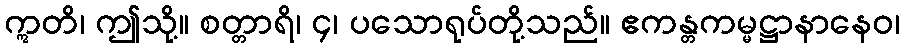
ဣတိ၊ ဤသို့။ စတ္တာရိ၊ ၄၊ ပသောရုပ်တို့သည်။ ဧကန္တကမ္မဋ္ဌာနာနေဝ၊